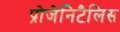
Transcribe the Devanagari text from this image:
प्रोजेनिटैलिस